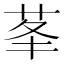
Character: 𦮧